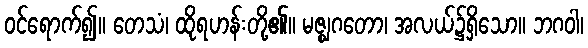
ဝင်ရောက်၍။ တေသံ၊ ထိုရဟန်းတို့၏။ မဇ္ဈဂတော၊ အလယ်၌ရှိသော။ ဘဂဝါ၊